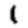
Digit: 1